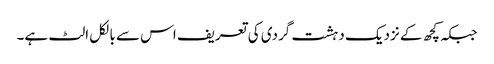
جبکہ کچھ کے نزدیک دہشت گردی کی تعریف اس سے بالکل الٹ ہے۔